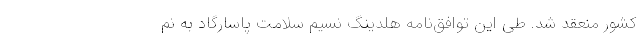
کشور منعقد شد. طی این توافق‌نامه هلدینگ نسیم سلامت پاسارگاد به نم